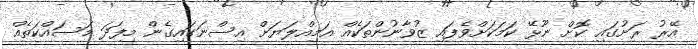
އޭރު ރަށުގައި ކޮށް ނޫޅޭ ކަމަކަށްވެފައި ޒުވާނުންތަކެއް އަމިއްލަޔަށް އިސްނަގައިގެން މިފަދަ މަސައްކަތެއް